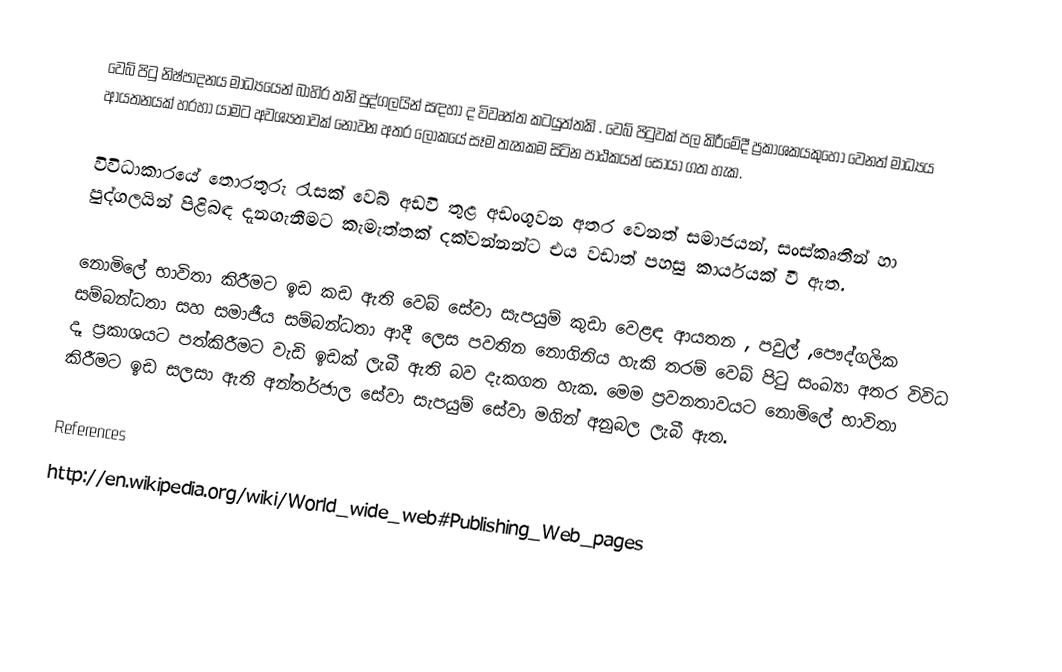
වෙබ් පිටු නිෂ්පාදනය  මාධ්‍යයෙන් බාහිර තනි පුද්ගලයින් සඳහා ද විවෘත්ත කටයුත්තකි . වෙබ් පිටුවක් පල කිරීමේදී ප්‍රකාශකයකුහෝ වෙනත් මාධ්‍යය ආයතනයක් හරහා යාමට අවශ්‍යතාවක් නොවන අතර ලෝකයේ සෑම තැනකම සිටින පාඨකයන් සොයා ගත හැක.

විවිධාකාරයේ තෙ‍ාරතුරු රැසක් වෙබ් අඩවි තුළ අඩංගුවන අතර වෙනත් සමාජයන්, සංස්කෘතීන් හා පුද්ගලයින් පිළිබඳ දැනගැනීමට කැමැත්තක් දක්වන්නන්ට එය වඩාත් පහසු කාර්යයක් වී ඇත.

නොමිලේ භාවිතා කිරීමට ඉඩ කඩ ඇති වෙබ් සේවා සැපයුම් කුඩා වෙළඳ ආයතන , පවුල් ,පෞද්ගලික සම්බන්ධතා සහ සමාජීය සම්බන්ධතා ආදී ලෙස පවතින නොගිනිය හැකි තරම් වෙබ් පිටු සංඛ්‍යා අතර විවිධ දෑ ප්‍රකාශයට පත්කිරීමට වැඩි ඉඩක් ලැබී ඇති බව දැකගත හැක. මෙම ප්‍රවනතාවයට නොමිලේ භාවිතා කිරීමට ඉඩ සලසා ඇති අන්තර්ජාල සේවා සැපයුම් සේවා මගින් අනුබල ලැබී ඇත.

References
http://en.wikipedia.org/wiki/World_wide_web#Publishing_Web_pages